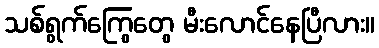
သစ်ရွက်ကြွေတွေ မီးလောင်နေပြီလား။